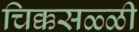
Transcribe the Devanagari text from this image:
चिक्कसळ्ळी